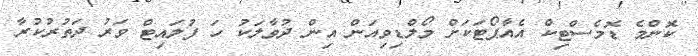
ކޮންމެ ޑޮމެސްޓިކް އެއާޕޯޓަކަށް މޯލްޑިވިއަން އިން ދުވާލަކު ހަ ފުލައިޓް ވަރު ދަތުރުކުރާ